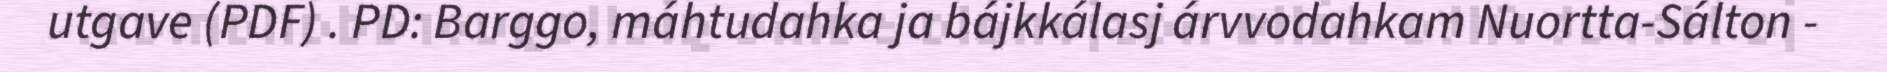
utgave (PDF) . PD: Barggo, máhtudahka ja bájkkálasj árvvodahkam Nuortta-Sálton -